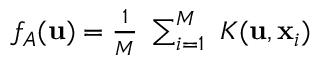
\begin{array} { r } { f _ { A } ( \mathbf { u } ) = \frac { 1 } { M } ~ \sum _ { i = 1 } ^ { M } ~ K ( \mathbf { u } , \mathbf { x } _ { i } ) } \end{array}